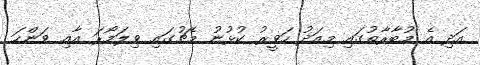
އަދި އެ މުބާރާތުގައި މިއަދު ހަވީރު ކުޅުނު މެޗުގައި ވިލަމޯރަ އާއި ވަންހަ